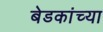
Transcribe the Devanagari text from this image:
बेडकांच्या